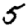
Digit: 5